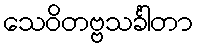
သေဝိတဗ္ဗသင်္ခါတာ